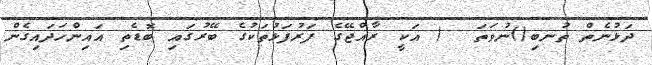
ދަޅުނެތް ތުނބި()ނުވަތަ  ( އަކީ ރާއްޖޭގެ ފަރުފަޅުތަކުގެ ބޭރުގައި ބޮޑެތި އައިންހަދައިގެން